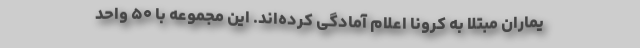
یماران مبتلا به کرونا اعلام آمادگی کرده‌اند. این مجموعه با ۵۰ واحد